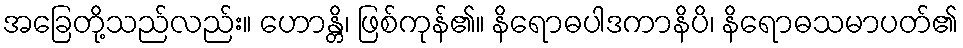
အခြေတို့သည်လည်း။ ဟောန္တိ၊ ဖြစ်ကုန်၏။ နိရောဓပါဒကာနိပိ၊ နိရောဓသမာပတ်၏